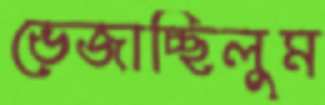
ভেজাচ্ছিলুম